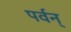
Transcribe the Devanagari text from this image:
पर्वन्